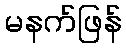
မနက်ဖြန်